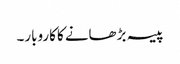
پیسہ بڑھانے کا کاروبار۔